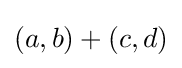
(a,b)+(c,d)